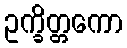
ဥက္ခိတ္တကော